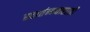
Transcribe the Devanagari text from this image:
स्वातंन्न्यासाठी